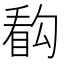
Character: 𰥰